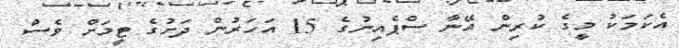
އެކަމަކު މީގެ ކުރިން އޭނާ ސްޕެއިނުގެ 15 އަހަރުން ދަށުގެ ޓީމަށް ވެސް